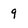
Character: 9